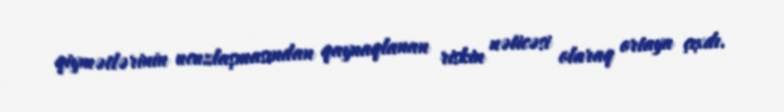
qiymətlərinin ucuzlaşmasından qaynaqlanan riskin nəticəsi olaraq ortaya çıxdı.